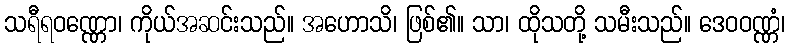
သရီရဝဏ္ဏော၊ ကိုယ်အဆင်းသည်။ အဟောသိ၊ ဖြစ်၏။ သာ၊ ထိုသတို့ သမီးသည်။ ဒေဝဝဏ္ဏံ၊